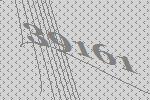
39161